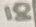
Text: 18